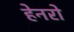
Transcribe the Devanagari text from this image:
हेनरो